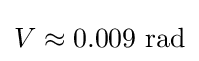
V\approx 0.009{\text{ rad}}